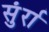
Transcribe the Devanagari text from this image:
सुंर्रा